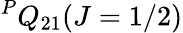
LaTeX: ^PQ_{21}(J=1/2)